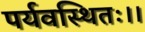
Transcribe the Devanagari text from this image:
पर्यवस्थितः।।